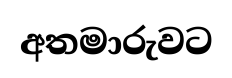
අතමාරුවට